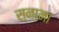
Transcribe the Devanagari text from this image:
स्नाना